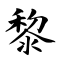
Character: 黎